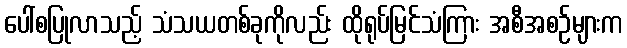
ပေါ်စပြုလာသည့် သံသယတစ်ခုကိုလည်း ထိုရုပ်မြင်သံကြား အစီအစဉ်များက